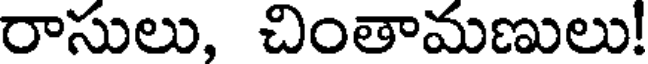
రాసులు, చింతామణులు!